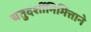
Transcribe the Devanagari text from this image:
चतुदर्शीनिमित्ताने